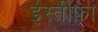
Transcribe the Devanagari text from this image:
ईस्तीफ़ा